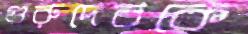
গুরুদেবকে